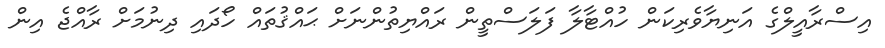
އިސްރާއީލްގެ އަނިޔާވެރިކަން ހުއްޓާލާ ފަލަސްތީން ރައްޔިތުންނަށް ޙައްޤުތައް ހޯދައި ދިނުމަށް ރާއްޖެ އިން